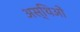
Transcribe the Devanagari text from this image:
अस्थिओं